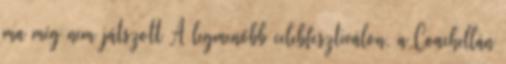
ma még nem játszott A legmenőbb celebfesztiválon, a Coachellán